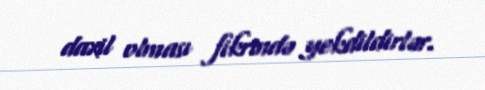
daxil olması fikrində yekdildirlər.